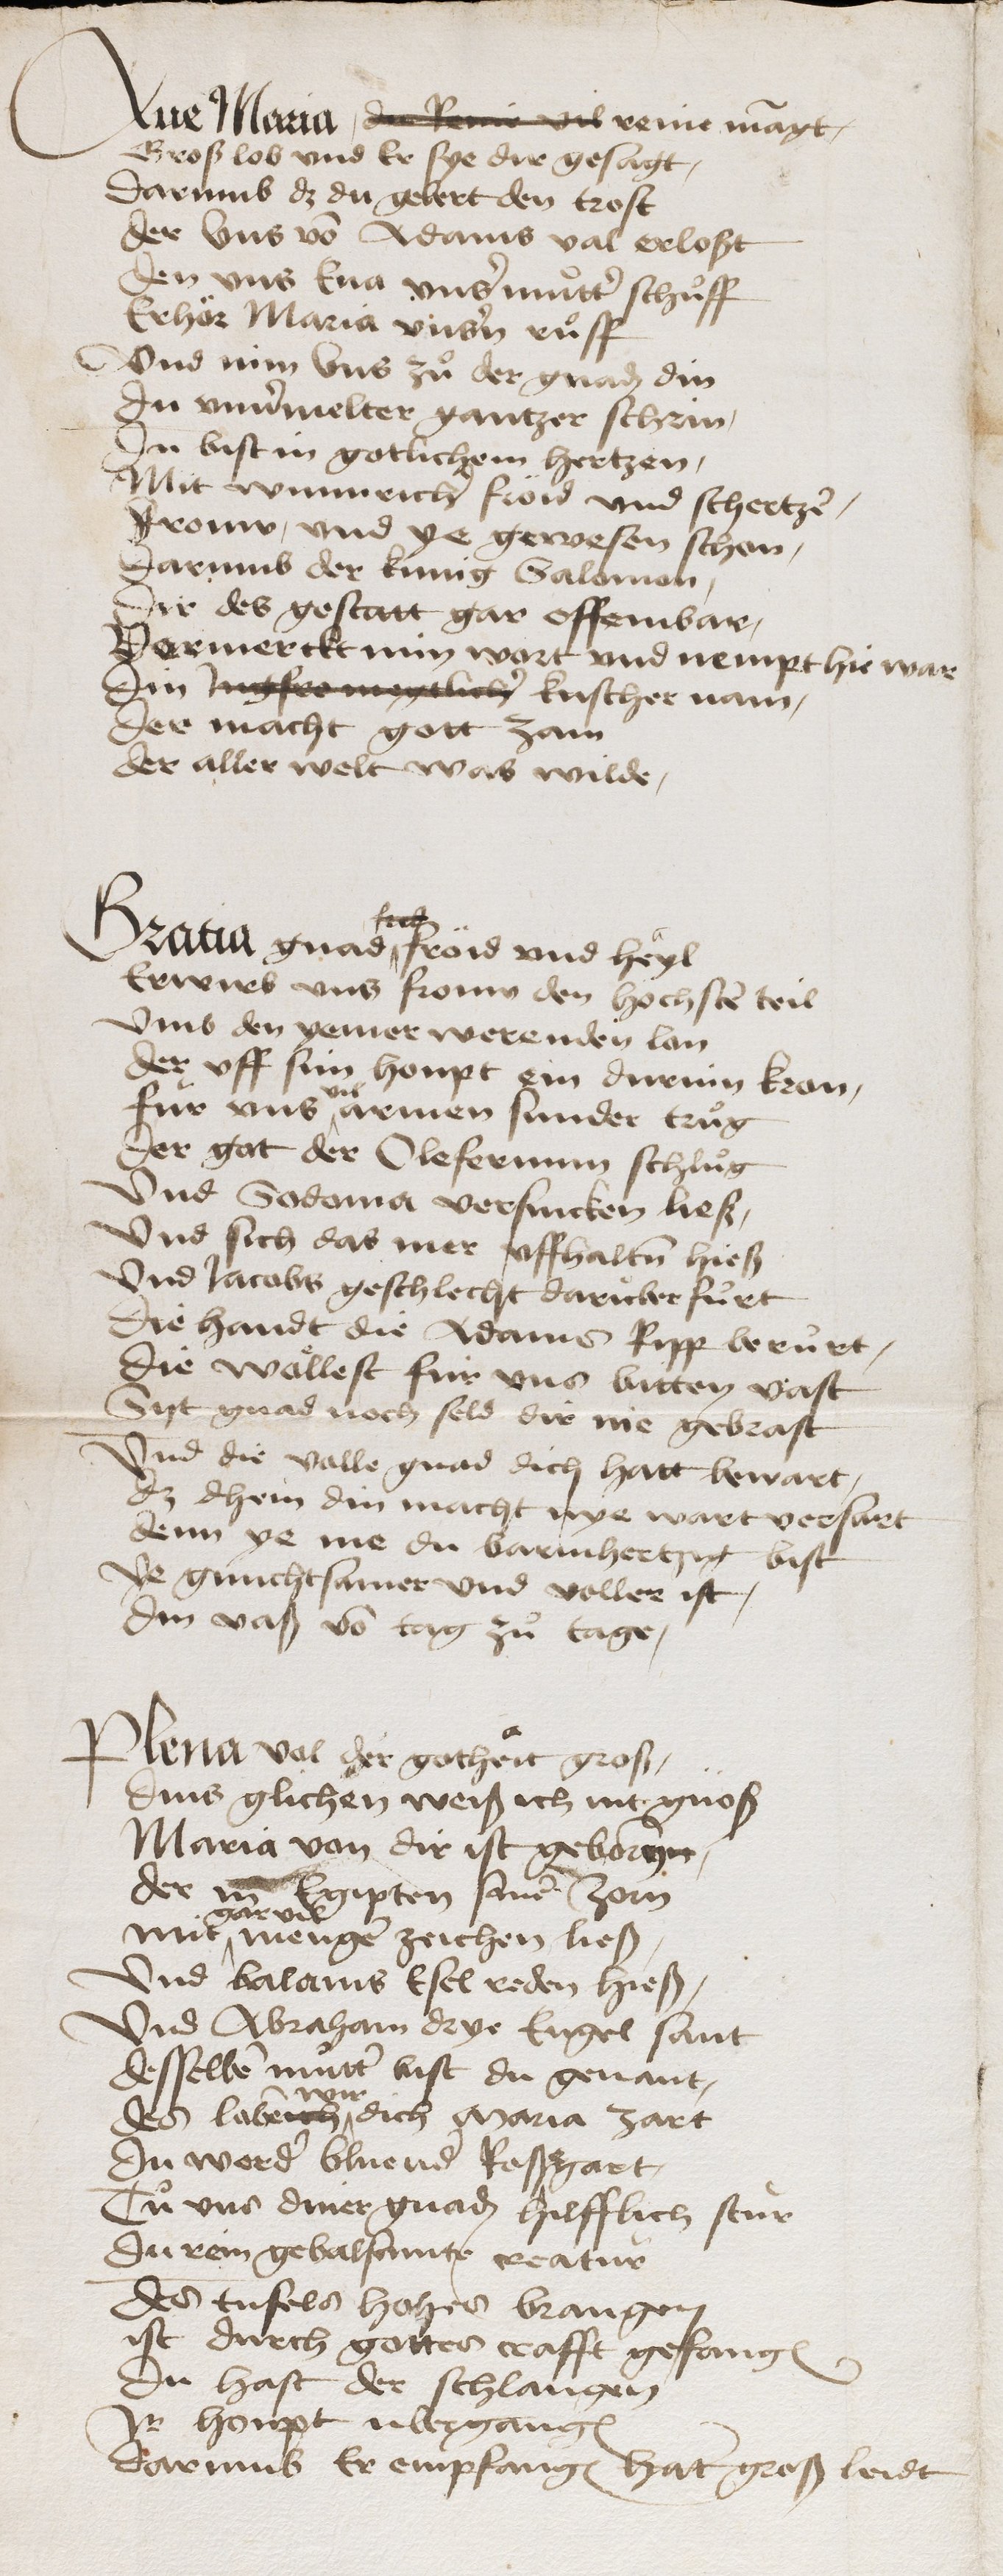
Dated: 1475–1499